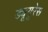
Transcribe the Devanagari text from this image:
ड्यूयूरेस